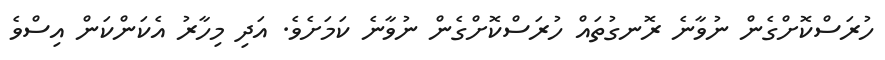
ހުރަސްކޮށްގެން ނުވާނެ ރޮނގުތައް ހުރަސްކޮށްގެން ނުވާނެ ކަަމަށެވެ. އަދި މިހާރު އެކަންކަން އިސްވެ